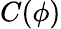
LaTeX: C(\phi)